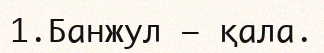
1.Банжул – қала.